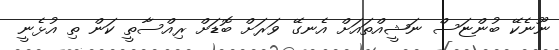
ނޫނެކޭ ބުންޏަސް ނަޝީއްތައަށް އެނގޭ ވަރަށް ބޮޑަށް ރިއްސާތީ ކަން ތި އުޅެނީ